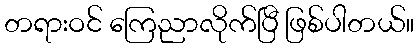
တရားဝင် ကြေညာလိုက်ပြီ ဖြစ်ပါတယ်။